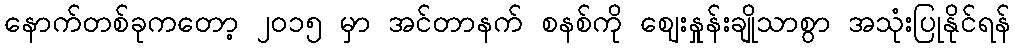
နောက်တစ်ခုကတော့ ၂၀၁၅ မှာ အင်တာနက် စနစ်ကို ဈေးနှုန်းချိုသာစွာ အသုံးပြုနိုင်ရန်